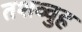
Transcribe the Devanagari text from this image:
तशव्वुह